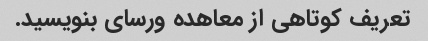
تعریف کوتاهی از معاهده ورسای بنویسید.